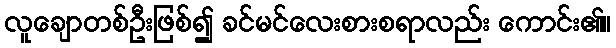
လူချောတစ်ဦးဖြစ်၍ ခင်မင်လေးစားစရာလည်း ကောင်း၏။